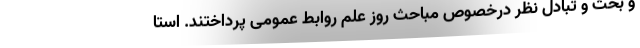
و بحث و تبادل نظر درخصوص مباحث روز علم روابط عمومی پرداختند. استا